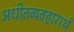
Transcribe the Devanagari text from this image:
अधीतव्यवहारार्थं